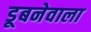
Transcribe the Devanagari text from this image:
डूबनेवाला